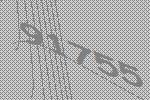
91755